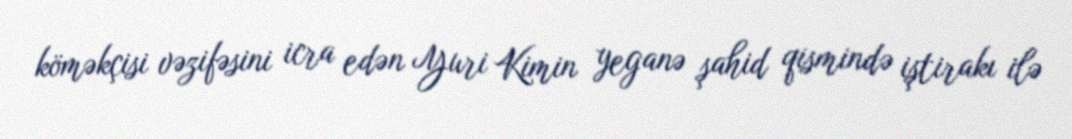
köməkçisi vəzifəsini icra edən Yuri Kimin yeganə şahid qismində iştirakı ilə